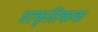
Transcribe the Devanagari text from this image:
प्राकृतिकक